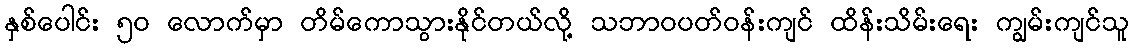
နှစ်ပေါင်း ၅၀ လောက်မှာ တိမ်ကောသွားနိုင်တယ်လို့ သဘာဝပတ်ဝန်းကျင် ထိန်းသိမ်းရေး ကျွမ်းကျင်သူ